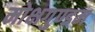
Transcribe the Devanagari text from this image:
मोक्षगुण्डम